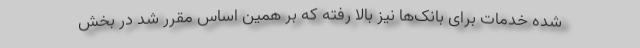
شده خدمات برای بانک‌ها نیز بالا رفته که بر همین اساس مقرر شد در بخش